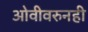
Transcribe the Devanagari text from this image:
ओवीवरुनही